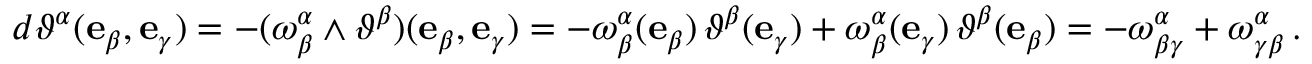
d \vartheta ^ { \alpha } ( \mathbf { e } _ { \beta } , \mathbf { e } _ { \gamma } ) = - ( \omega ^ { \alpha } _ { \beta } \wedge \vartheta ^ { \beta } ) ( \mathbf { e } _ { \beta } , \mathbf { e } _ { \gamma } ) = - \omega ^ { \alpha } _ { \beta } ( \mathbf { e } _ { \beta } ) \, \vartheta ^ { \beta } ( \mathbf { e } _ { \gamma } ) + \omega ^ { \alpha } _ { \beta } ( \mathbf { e } _ { \gamma } ) \, \vartheta ^ { \beta } ( \mathbf { e } _ { \beta } ) = - \omega ^ { \alpha } _ { \beta \gamma } + \omega ^ { \alpha } _ { \gamma \beta } \, .